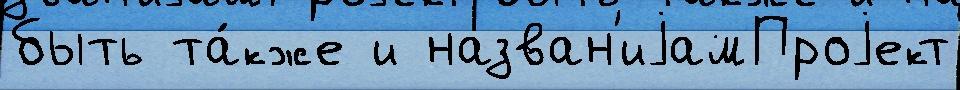
быть та́кже и назван'иjамПроjект